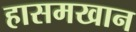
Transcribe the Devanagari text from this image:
हासमखान